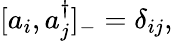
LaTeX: [a_{i},a_{j}^{\dagger}]_{-}=\delta_{ij},